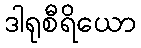
ဒါရုစီရိယော